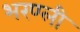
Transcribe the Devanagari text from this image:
भरण्ली